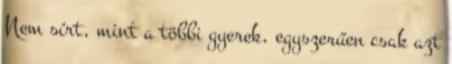
Nem sírt, mint a többi gyerek, egyszerűen csak azt